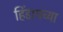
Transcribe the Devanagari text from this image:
हिंडायच्या